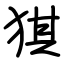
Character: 猉